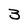
Character: 3